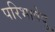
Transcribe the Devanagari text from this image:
परिभाषेदु